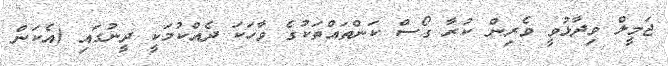
ޖަމީލް ވިދާޅުވީ ވެރިން ކުރާ ގޯސް ކަންތައްތަކުގެ ވާހަކަ ދެއްކުމަކީ ދީނުގައި (އެކަން